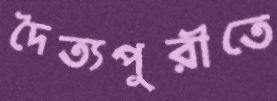
দৈত্যপুরীতে